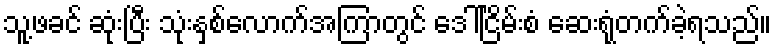
သူ့ဖခင် ဆုံးပြီး သုံးနှစ်လောက်အကြာတွင် ဒေါ်ငြိမ်းစံ ဆေးရုံတက်ခဲ့ရသည်။